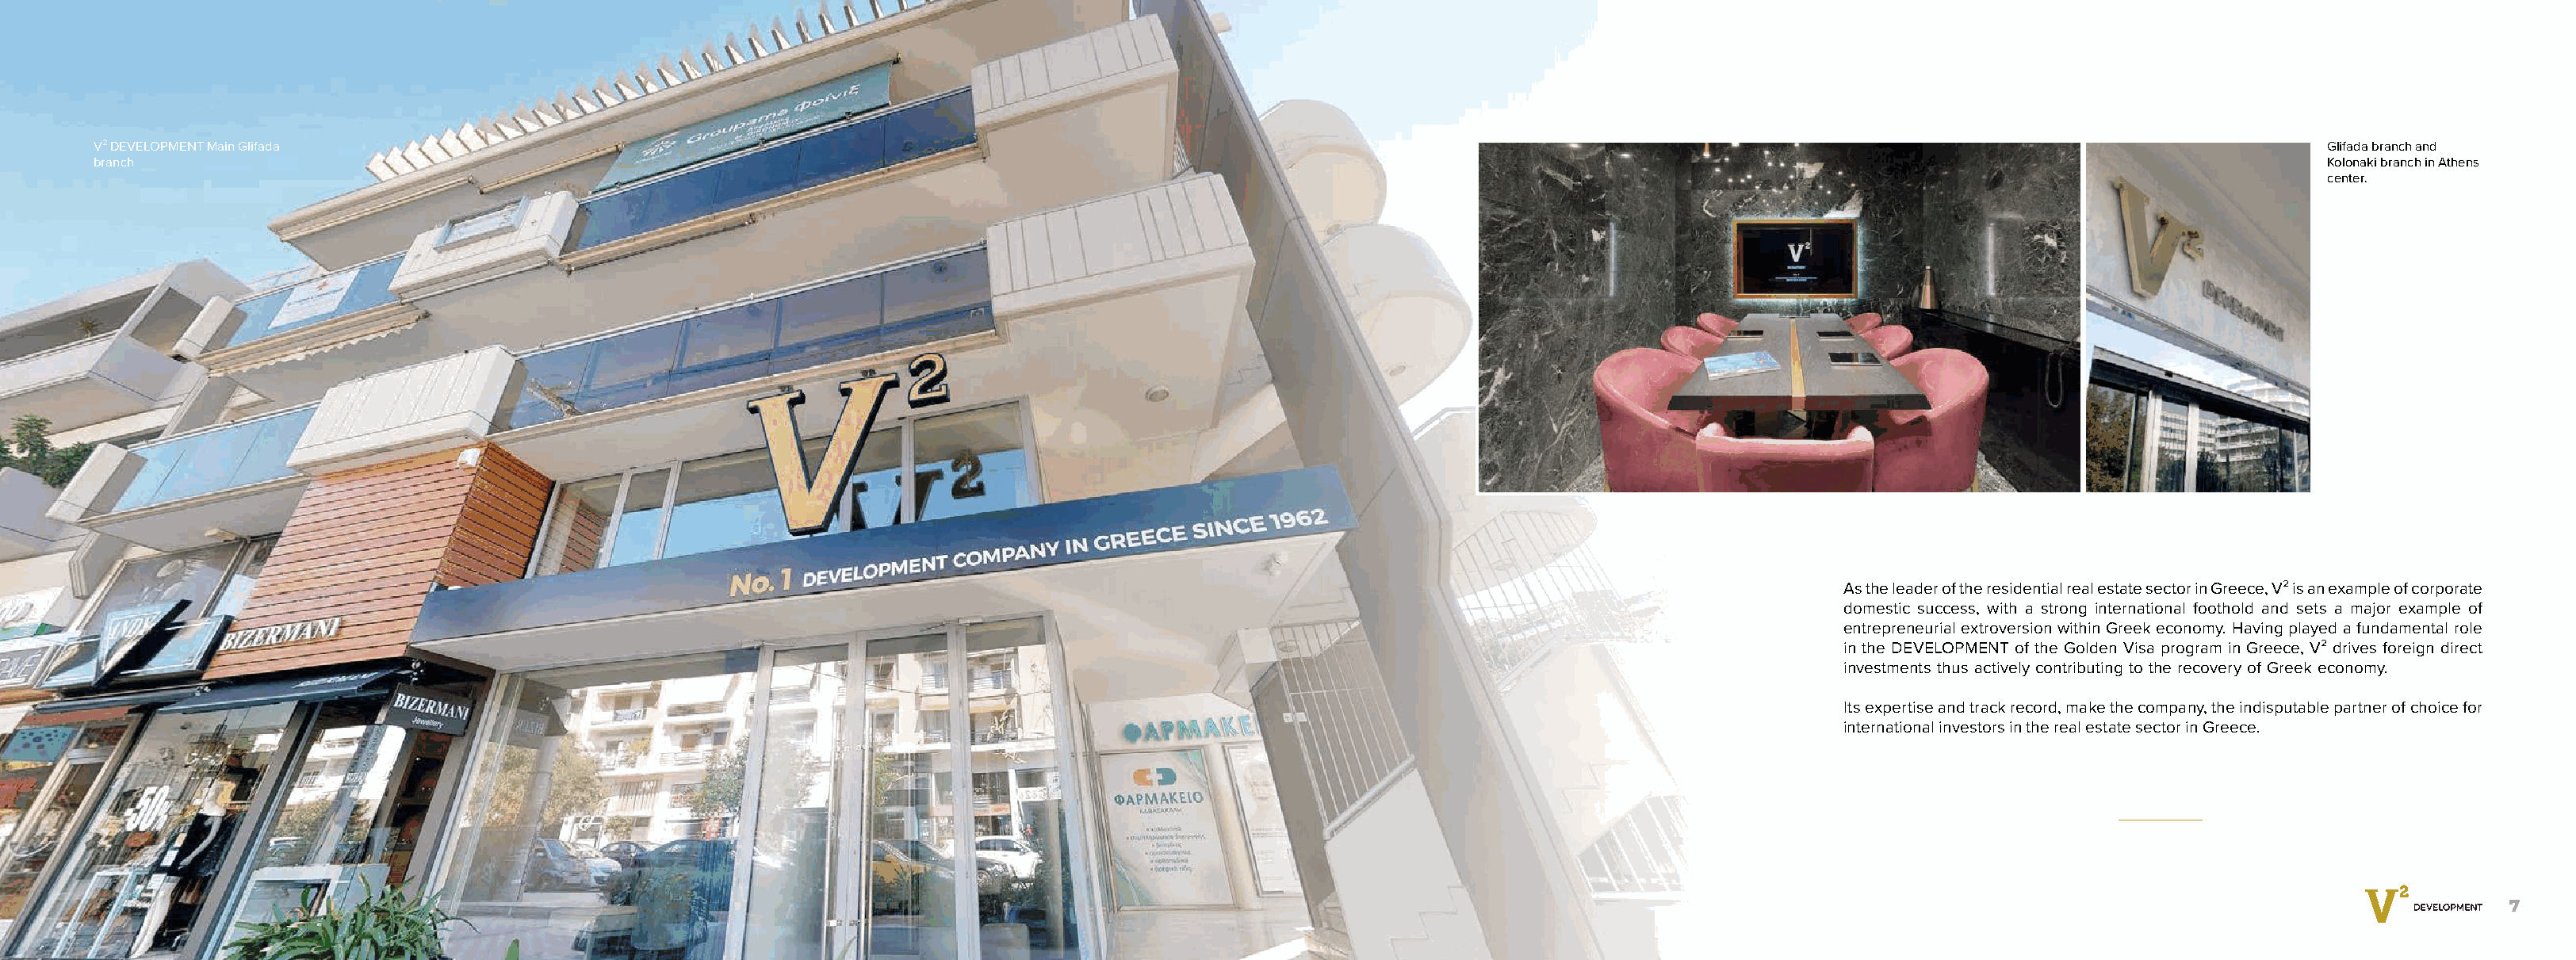
V² DEVELOPMENT Main Glifada                                                                                                                                                               Glifada branch and
 branch                                                                                                                                                                                    Kolonaki branch in Athens
 center.
 As the leader of the residential real estate sector in Greece, V² is an example of corporate
 domestic success, with a strong international foothold and sets a major example of
 entrepreneurial extroversion within Greek economy. Having played a fundamental role
 in the DEVELOPMENT of the Golden Visa program in Greece, V² drives foreign direct
 investments thus actively contributing to the recovery of Greek economy.
 Its expertise and track record, make the company, the indisputable partner of choice for
 international investors in the real estate sector in Greece.
 6                                                                                                                                                                                                            7